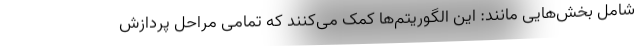
شامل بخش‌هایی مانند: این الگوریتم‌ها کمک می‌کنند که تمامی مراحل پردازش